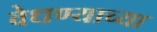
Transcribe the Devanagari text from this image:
वेधण्याच्या